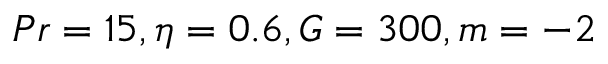
P r = 1 5 , \eta = 0 . 6 , G = 3 0 0 , m = - 2